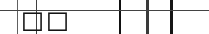
٣١